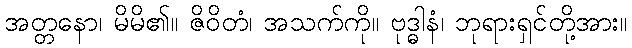
အတ္တနော၊ မိမိ၏။ ဇိဝိတံ၊ အသက်ကို။ ဗုဒ္ဓါနံ၊ ဘုရားရှင်တို့အား။